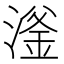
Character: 滏